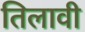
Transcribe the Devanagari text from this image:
तिलावी